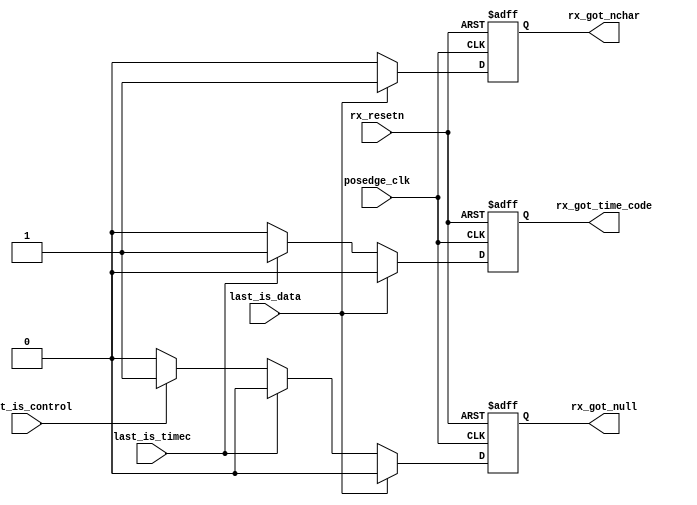
module rx_buffer_fsm (
			input posedge_clk,
			input rx_resetn,
			input last_is_data,
			input last_is_timec,
			input last_is_control,
			output reg rx_got_null,
			output reg rx_got_nchar,
			output reg rx_got_time_code
		     );
always@(posedge posedge_clk or negedge rx_resetn)
begin
	if(!rx_resetn)
	begin
		rx_got_null 	  <= 1'b0;
		rx_got_nchar 	  <= 1'b0;
		rx_got_time_code  <= 1'b0;
	end
	else
	begin
		if(last_is_data == 1'b1 )
		begin
			rx_got_null 	  <= 1'b0;
			rx_got_nchar 	  <= 1'b1;
			rx_got_time_code  <= 1'b0;
		end
		else if(last_is_timec  == 1'b1)
		begin
			rx_got_null 	  <= 1'b0;
			rx_got_nchar 	  <= 1'b0;
			rx_got_time_code  <= 1'b1;
		end
		else if(last_is_control == 1'b1)
		begin
			rx_got_null 	  <= 1'b1;
			rx_got_nchar 	  <= 1'b0;
			rx_got_time_code  <= 1'b0;
		end
		else
		begin
			rx_got_null 	  <= 1'b0;
			rx_got_nchar 	  <= 1'b0;
			rx_got_time_code  <= 1'b0;
		end
	end
end
endmodule